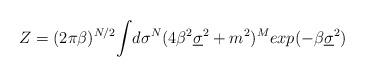
LaTeX: \begin{align*}Z = (2 \pi \beta)^{N/2}{\LARGE\int} d\sigma^N ( 4 \beta^2 \underline{\sigma}^2 + m^2 )^M exp( -\beta \underline{\sigma}^2 )\end{align*}